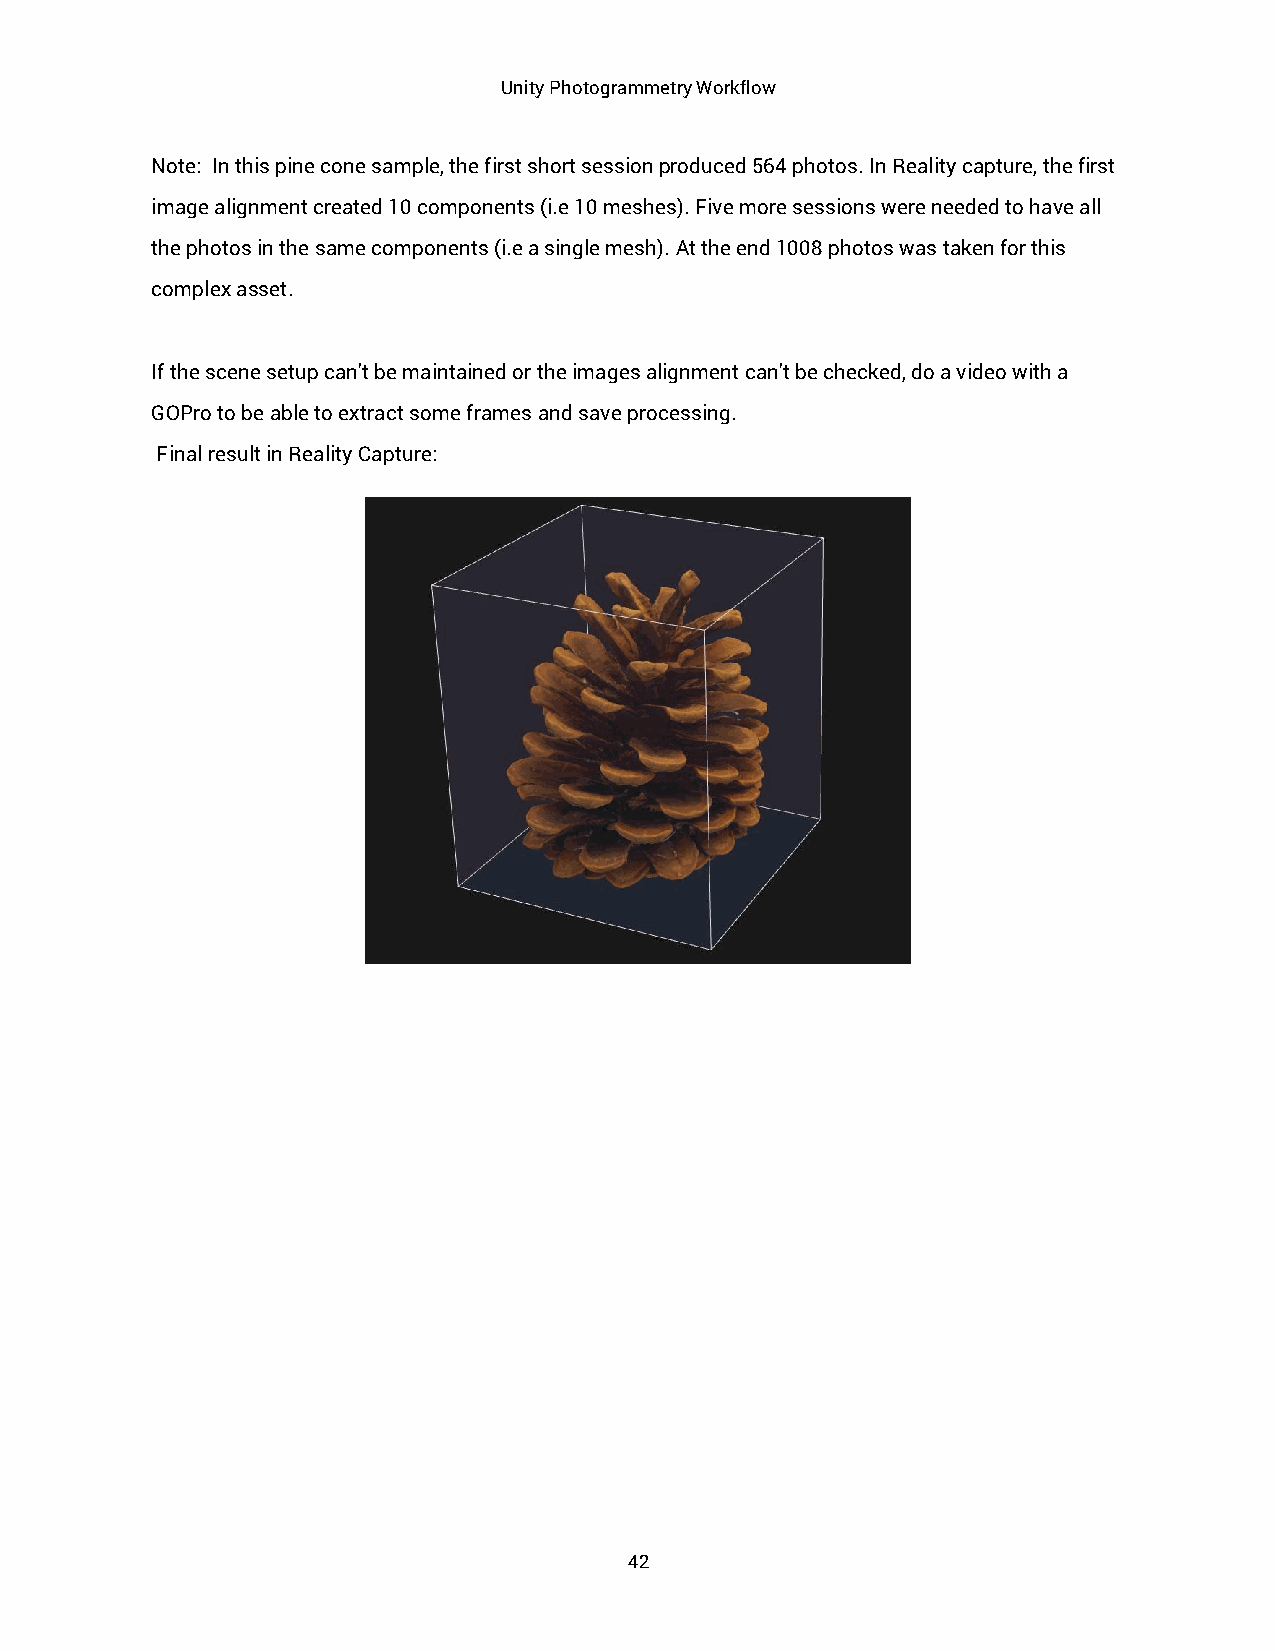
Unity Photogrammetry Workflow
 Note: In this pine cone sample, the first short session produced 564 photos. In Reality capture, the first
 image alignment created 10 components (i.e 10 meshes). Five more sessions were needed to have all
 the photos in the same components (i.e a single mesh). At the end 1008 photos was taken for this
 complex asset.
 If the scene setup can't be maintained or the images alignment can't be checked, do a video with a
 GOPro to be able to extract some frames and save processing.
 Final result in Reality Capture:
 42